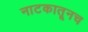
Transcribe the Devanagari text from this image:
नाटकातूनच